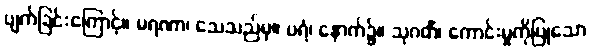
ပျက်ခြင်းကြောင့်။ မရဏာ၊ သေသည်မှ။ ပရံ၊ နောက်၌။ သုဂတိံ၊ ကောင်းမှုကိုပြုသော